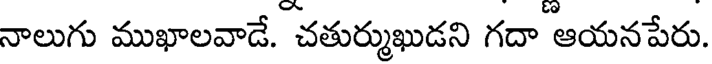
నాలుగు ముఖాలవాడే. చతుర్ముఖుడని గదా ఆయనపేరు.